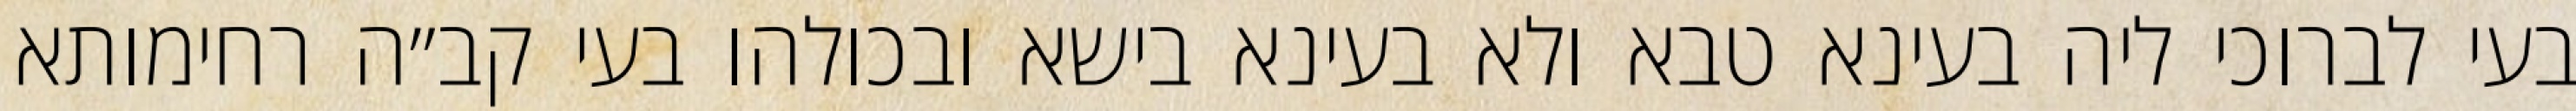
בעי לברוכי ליה בעינא טבא ולא בעינא בישא ובכולהו בעי קב״ה רחימותא